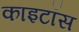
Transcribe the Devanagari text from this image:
काइटॉस